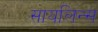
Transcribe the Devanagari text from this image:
सायलिन्स